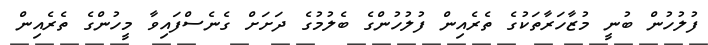
ފުލުހުން ބުނީ މުޒާހަރާތަކުގެ ތެރެއިން ފުލުހުންގެ ބެލުމުގެ ދަށަށް ގެނެސްފައިވާ މީހުންގެ ތެރެއިން